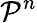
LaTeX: {\mathcal P^{n}}